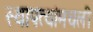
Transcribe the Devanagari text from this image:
स्थापत्यांमधली